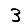
Digit: 3